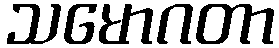
သမောဂတာ